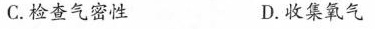
C.检查气密性 D.收集氧气